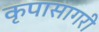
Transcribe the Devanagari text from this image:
कृपासागरी